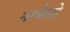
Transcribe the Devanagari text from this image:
माथेलो